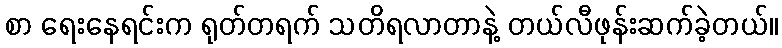
စာ ရေးနေရင်းက ရုတ်တရက် သတိရလာတာနဲ့ တယ်လီဖုန်းဆက်ခဲ့တယ်။